Vaccine operations Central Provinces & Berar 1922-1929 - 1922-1929
Year: 1922
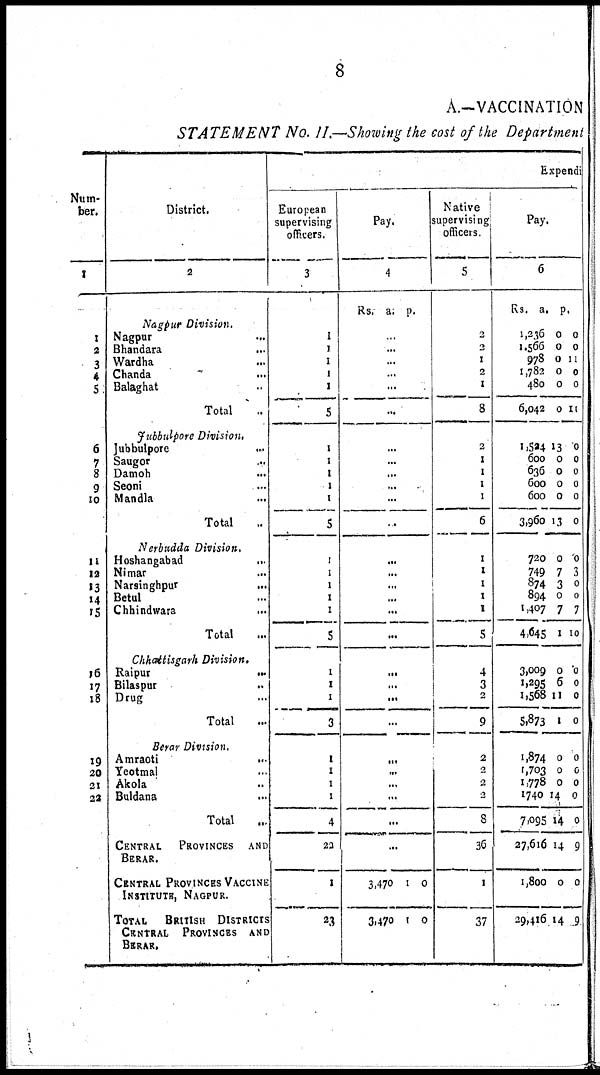
8
A.—VACCINATION
STATEMENT No. II.—Showing the cost of the Department
Num-
ber.
1
1
2
3
4
5
6
7
8
9
10
11
12
13
14
15
16
17
18
19
20
21
22
District.
2
Nagpur Division.
Nagpur
...
Bhandara
...
Wardha ...
Chanda ...
Balaghat ...
Total ...
Jubbulpore Division.
Jubbulpore
...
Saugor
...
Damoh
...
Seoni ...
Mandla ...
Total ...
Nerbudda Division.
Hoshangabad
...
Nimar ...
Narsinghpur
...
Betul ...
Chhindwara
...
Total ...
Chhattisgarh Division.
Raipur
...
Bilaspur ...
Drug ...
Total ...
Berar Division.
Amraoti ...
Yeotmal ...
Akola ...
Buldana ...
Total ...
CENTRAL PROVINCES AND
BERAR.
CENTRAL PROVINCES VACCINE
INSTITUTE, NAGPUR.
TOTAL BRITISH DISTRICTS
CENTRAL PROVINCES AND
BERAR.
Expendi
European
supervising
officers.
3
1
1
1
1
1
5
1
1
1
1
1
5
1
1
1
1
1
5
1
1
1
3
1
1
1
1
4
23
1
23
Pay.
4
Rs.
a.
p.
...
...
...
...
...
...
...
...
...
...
...
...
...
...
...
...
...
...
...
...
...
...
...
...
...
...
...
...
3,470
3,470
1
1
0
0
Native
supervising
officers.
5
2
2
1
2
1
8
2
1
1
1
1
6
1
1
1
1
1
5
4
3
2
9
2
2
2
2
8
36
1
37
Pay.
6
Rs.
1,236
1,566
978
1,782
480
6,042
1,524
600
636
600
600
3,960
720
749
874
894
1,407
4,645
3,009
1,295
1,568
5,873
1,874
1,703
1,778
1,740
7,095
27,616
1,800
29,416
a.
0
0
0
0
0
0
13
0
0
0
0
13
0
7
3
0
7
1
0
6
11
1
0
0
0
14
14
14
0
14
p.
0
0
11
0
0
11
0
0
0
0
0
0
0
3
0
0
7
10
0
0
0
0
0
0
0
0
0
9
0
9